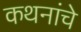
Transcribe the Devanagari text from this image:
कथनांचे